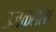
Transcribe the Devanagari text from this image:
उजळलेला